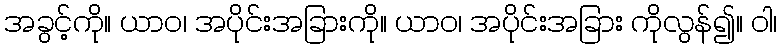
အခွင့်ကို။ ယာဝ၊ အပိုင်းအခြားကို။ ယာဝ၊ အပိုင်းအခြား ကိုလွန်၍။ ဝါ၊